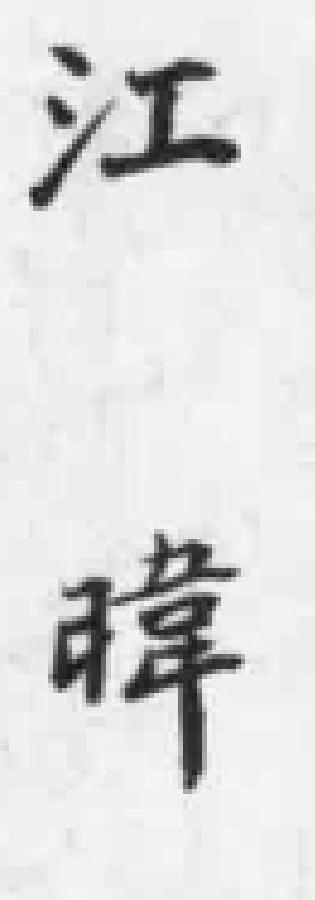
江瑋